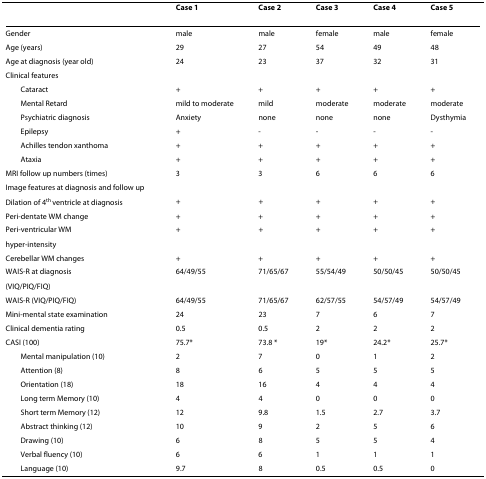
<table><thead><tr><td>[EMPTY_CELL]</td><td><b>Case 1</b></td><td><b>Case 2</b></td><td><b>Case 3</b></td><td><b>Case 4</b></td><td><b>Case 5</b></td></tr></thead><tbody><tr><td>Gender</td><td>male</td><td>male</td><td>female</td><td>male</td><td>female</td></tr><tr><td>Age (years)</td><td>29</td><td>27</td><td>54</td><td>49</td><td>48</td></tr><tr><td>Age at diagnosis (year old)</td><td>24</td><td>23</td><td>37</td><td>32</td><td>31</td></tr><tr><td>Clinical features</td><td>[EMPTY_CELL]</td><td>[EMPTY_CELL]</td><td>[EMPTY_CELL]</td><td>[EMPTY_CELL]</td><td>[EMPTY_CELL]</td></tr><tr><td> Cataract</td><td>+</td><td>+</td><td>+</td><td>+</td><td>+</td></tr><tr><td> Mental Retard</td><td>mild to moderate</td><td>mild</td><td>moderate</td><td>moderate</td><td>moderate</td></tr><tr><td> Psychiatric diagnosis</td><td>Anxiety</td><td>none</td><td>none</td><td>none</td><td>Dysthymia</td></tr><tr><td> Epilepsy</td><td>+</td><td>-</td><td>-</td><td>-</td><td>-</td></tr><tr><td> Achilles tendon xanthoma</td><td>+</td><td>+</td><td>+</td><td>+</td><td>+</td></tr><tr><td> Ataxia</td><td>+</td><td>+</td><td>+</td><td>+</td><td>+</td></tr><tr><td>MRI follow up numbers (times)</td><td>3</td><td>3</td><td>6</td><td>6</td><td>6</td></tr><tr><td>Image features at diagnosis and follow up</td><td>[EMPTY_CELL]</td><td>[EMPTY_CELL]</td><td>[EMPTY_CELL]</td><td>[EMPTY_CELL]</td><td>[EMPTY_CELL]</td></tr><tr><td>Dilation of 4<sup>th </sup>ventricle at diagnosis</td><td>+</td><td>+</td><td>+</td><td>+</td><td>+</td></tr><tr><td>Peri-dentate WM change</td><td>+</td><td>+</td><td>+</td><td>+</td><td>+</td></tr><tr><td>Peri-ventricular WM</td><td>+</td><td>+</td><td>+</td><td>+</td><td>+</td></tr><tr><td>hyper-intensity</td><td>[EMPTY_CELL]</td><td>[EMPTY_CELL]</td><td>[EMPTY_CELL]</td><td>[EMPTY_CELL]</td><td>[EMPTY_CELL]</td></tr><tr><td>Cerebellar WM changes</td><td>+</td><td>+</td><td>+</td><td>+</td><td>+</td></tr><tr><td>WAIS-R at diagnosis</td><td>64/49/55</td><td>71/65/67</td><td>55/54/49</td><td>50/50/45</td><td>50/50/45</td></tr><tr><td>(VIQ/PIQ/FIQ)</td><td>[EMPTY_CELL]</td><td>[EMPTY_CELL]</td><td>[EMPTY_CELL]</td><td>[EMPTY_CELL]</td><td>[EMPTY_CELL]</td></tr><tr><td>WAIS-R (VIQ/PIQ/FIQ)</td><td>64/49/55</td><td>71/65/67</td><td>62/57/55</td><td>54/57/49</td><td>54/57/49</td></tr><tr><td>Mini-mental state examination</td><td>24</td><td>23</td><td>7</td><td>6</td><td>7</td></tr><tr><td>Clinical dementia rating</td><td>0.5</td><td>0.5</td><td>2</td><td>2</td><td>2</td></tr><tr><td>CASI (100)</td><td>75.7*</td><td>73.8 *</td><td>19*</td><td>24.2*</td><td>25.7*</td></tr><tr><td> Mental manipulation (10)</td><td>2</td><td>7</td><td>0</td><td>1</td><td>2</td></tr><tr><td> Attention (8)</td><td>8</td><td>6</td><td>5</td><td>5</td><td>5</td></tr><tr><td> Orientation (18)</td><td>18</td><td>16</td><td>4</td><td>4</td><td>4</td></tr><tr><td> Long term Memory (10)</td><td>4</td><td>4</td><td>0</td><td>0</td><td>0</td></tr><tr><td> Short term Memory (12)</td><td>12</td><td>9.8</td><td>1.5</td><td>2.7</td><td>3.7</td></tr><tr><td> Abstract thinking (12)</td><td>10</td><td>9</td><td>2</td><td>5</td><td>6</td></tr><tr><td> Drawing (10)</td><td>6</td><td>8</td><td>5</td><td>5</td><td>4</td></tr><tr><td> Verbal fluency (10)</td><td>6</td><td>6</td><td>1</td><td>1</td><td>1</td></tr><tr><td> Language (10)</td><td>9.7</td><td>8</td><td>0.5</td><td>0.5</td><td>0</td></tr></tbody></table>